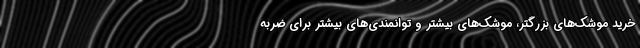
خرید موشک‌های بزرگتر، موشک‌های بیشتر و توانمندی‌های بیشتر برای ضربه